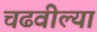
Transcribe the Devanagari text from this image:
चढवील्या